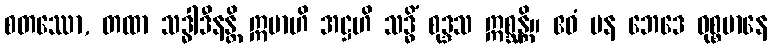
စတဿော, တထာ သဒ္ဓါဒီနန္တိ ဣမာဟိ အဋ္ဌဟိ သဒ္ဓိံ စုဒ္ဒသ ဣစ္ဆန္တိ။ ဧဝံ ပန ဘေဒေ ဝုစ္စမာနေ